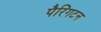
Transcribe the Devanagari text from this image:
पैरिंगटन